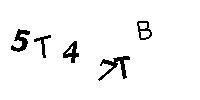
5T47TB